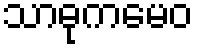
သာဓုကမေဝ